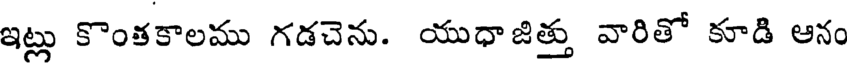
ఇట్లు కొంకకాలము గడచెను. యుధాజిత్తు వారితో కూడి ఆనం